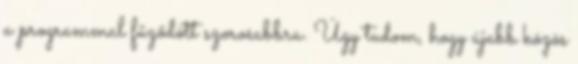
a programmal fűződött szorosabbra. Úgy tudom, hogy újabb közös